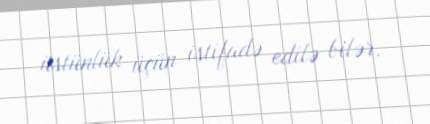
üstünlük üçün istifadə edilə bilər.